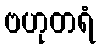
ဗဟုတရံ